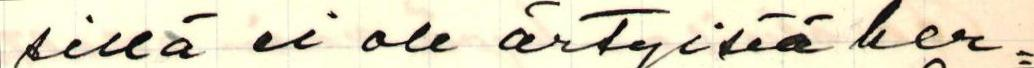
sillä ei ole ärtyisiä her=